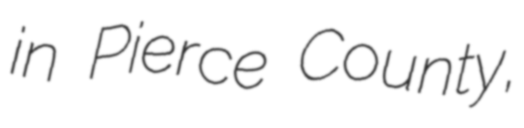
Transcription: in Pierce County,